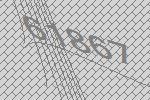
61867